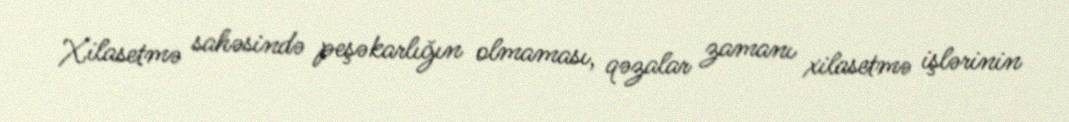
Xilasetmə sahəsində peşəkarlığın olmaması, qəzalar zamanı xilasetmə işlərinin